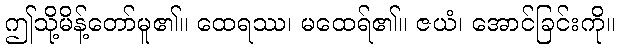
ဤသို့မိန့်တော်မူ၏။ ထေရဿ၊ မထေရ်၏။ ဇယံ၊ အောင်ခြင်းကို။